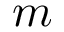
m